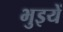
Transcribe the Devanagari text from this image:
भुइयें